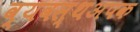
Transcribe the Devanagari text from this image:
व्यवस्थअपक